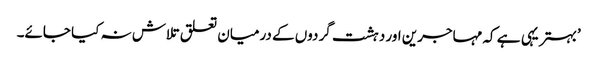
’بہتر یہی ہے کہ مہاجرین اور دہشت گردوں کے درمیان تعلق تلاش نہ کیا جائے۔